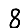
Digit: 8